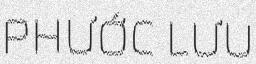
PHƯỚC LƯU